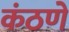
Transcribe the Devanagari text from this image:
कंठणे